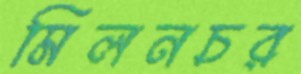
মিলনচর